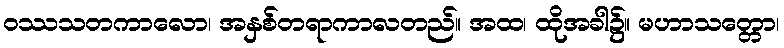
ဝဿသတကာလော၊ အနှစ်တရာကာလတည်။ အထ၊ ထိုအခါ၌။ မဟာသတ္တော၊